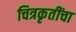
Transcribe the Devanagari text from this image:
चित्रकृतींचा